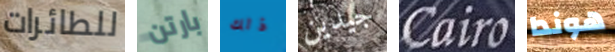
للطائرات بارتن ذلك جيدين Cairo هوندا